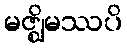
မဇ္ဈိမဿပိ